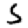
Digit: 5